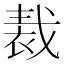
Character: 𧚝